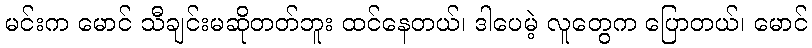
မင်းက မောင် သီချင်းမဆိုတတ်ဘူး ထင်နေတယ်၊ ဒါပေမဲ့ လူတွေက ပြောတယ်၊ မောင်